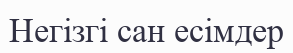
Негізгі сан есімдер